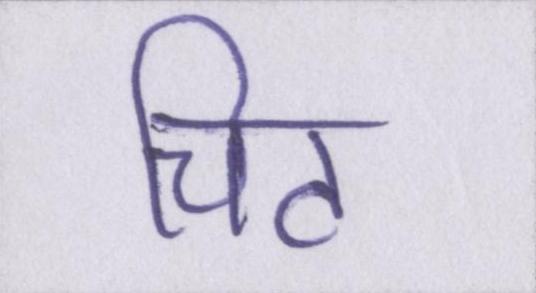
चिट